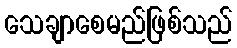
သေချာစေမည်ဖြစ်သည်